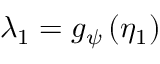
\lambda _ { 1 } = g _ { \psi } \left( \eta _ { 1 } \right)